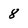
Character: 8